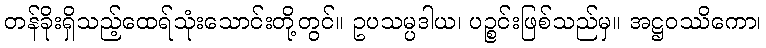
တန်ခိုးရှိသည့်ထေရ်သုံးသောင်းတို့တွင်။ ဥပသမ္ပဒါယ၊ ပဉ္စင်းဖြစ်သည်မှ။ အဋ္ဌဝဿိကော၊